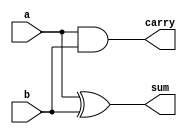
module half_adder(a,b,sum,carry);
input a,b;
output sum,carry;

xor my_xor(sum,a,b);
and my_and(carry,a,b);
endmodule